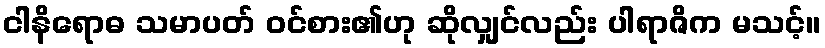
ငါနိရောဓ သမာပတ် ဝင်စား၏ဟု ဆိုလျှင်လည်း ပါရာဇိက မသင့်။